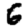
Digit: 6